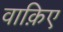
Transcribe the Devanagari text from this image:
वाक़िए